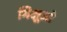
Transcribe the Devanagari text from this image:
भिक्षूओ